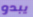
يبدو